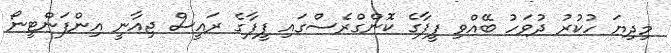
މިދިޔަ ހުކުރު ދުވަހު ބޭއްވި ފީފާގެ ކޮންގްރެސްގައި ފީފާގެ ރައީސް ޖިއާނީ އިންފަންޓީނޯ